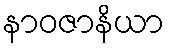
နာဝဇာနိယာ